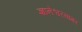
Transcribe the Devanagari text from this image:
ज्ञानेश्वरसागर